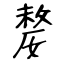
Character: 嫠